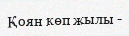
Қоян көп жылы -